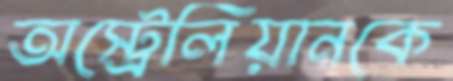
অস্ট্রেলিয়ানকে